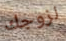
لزوجك